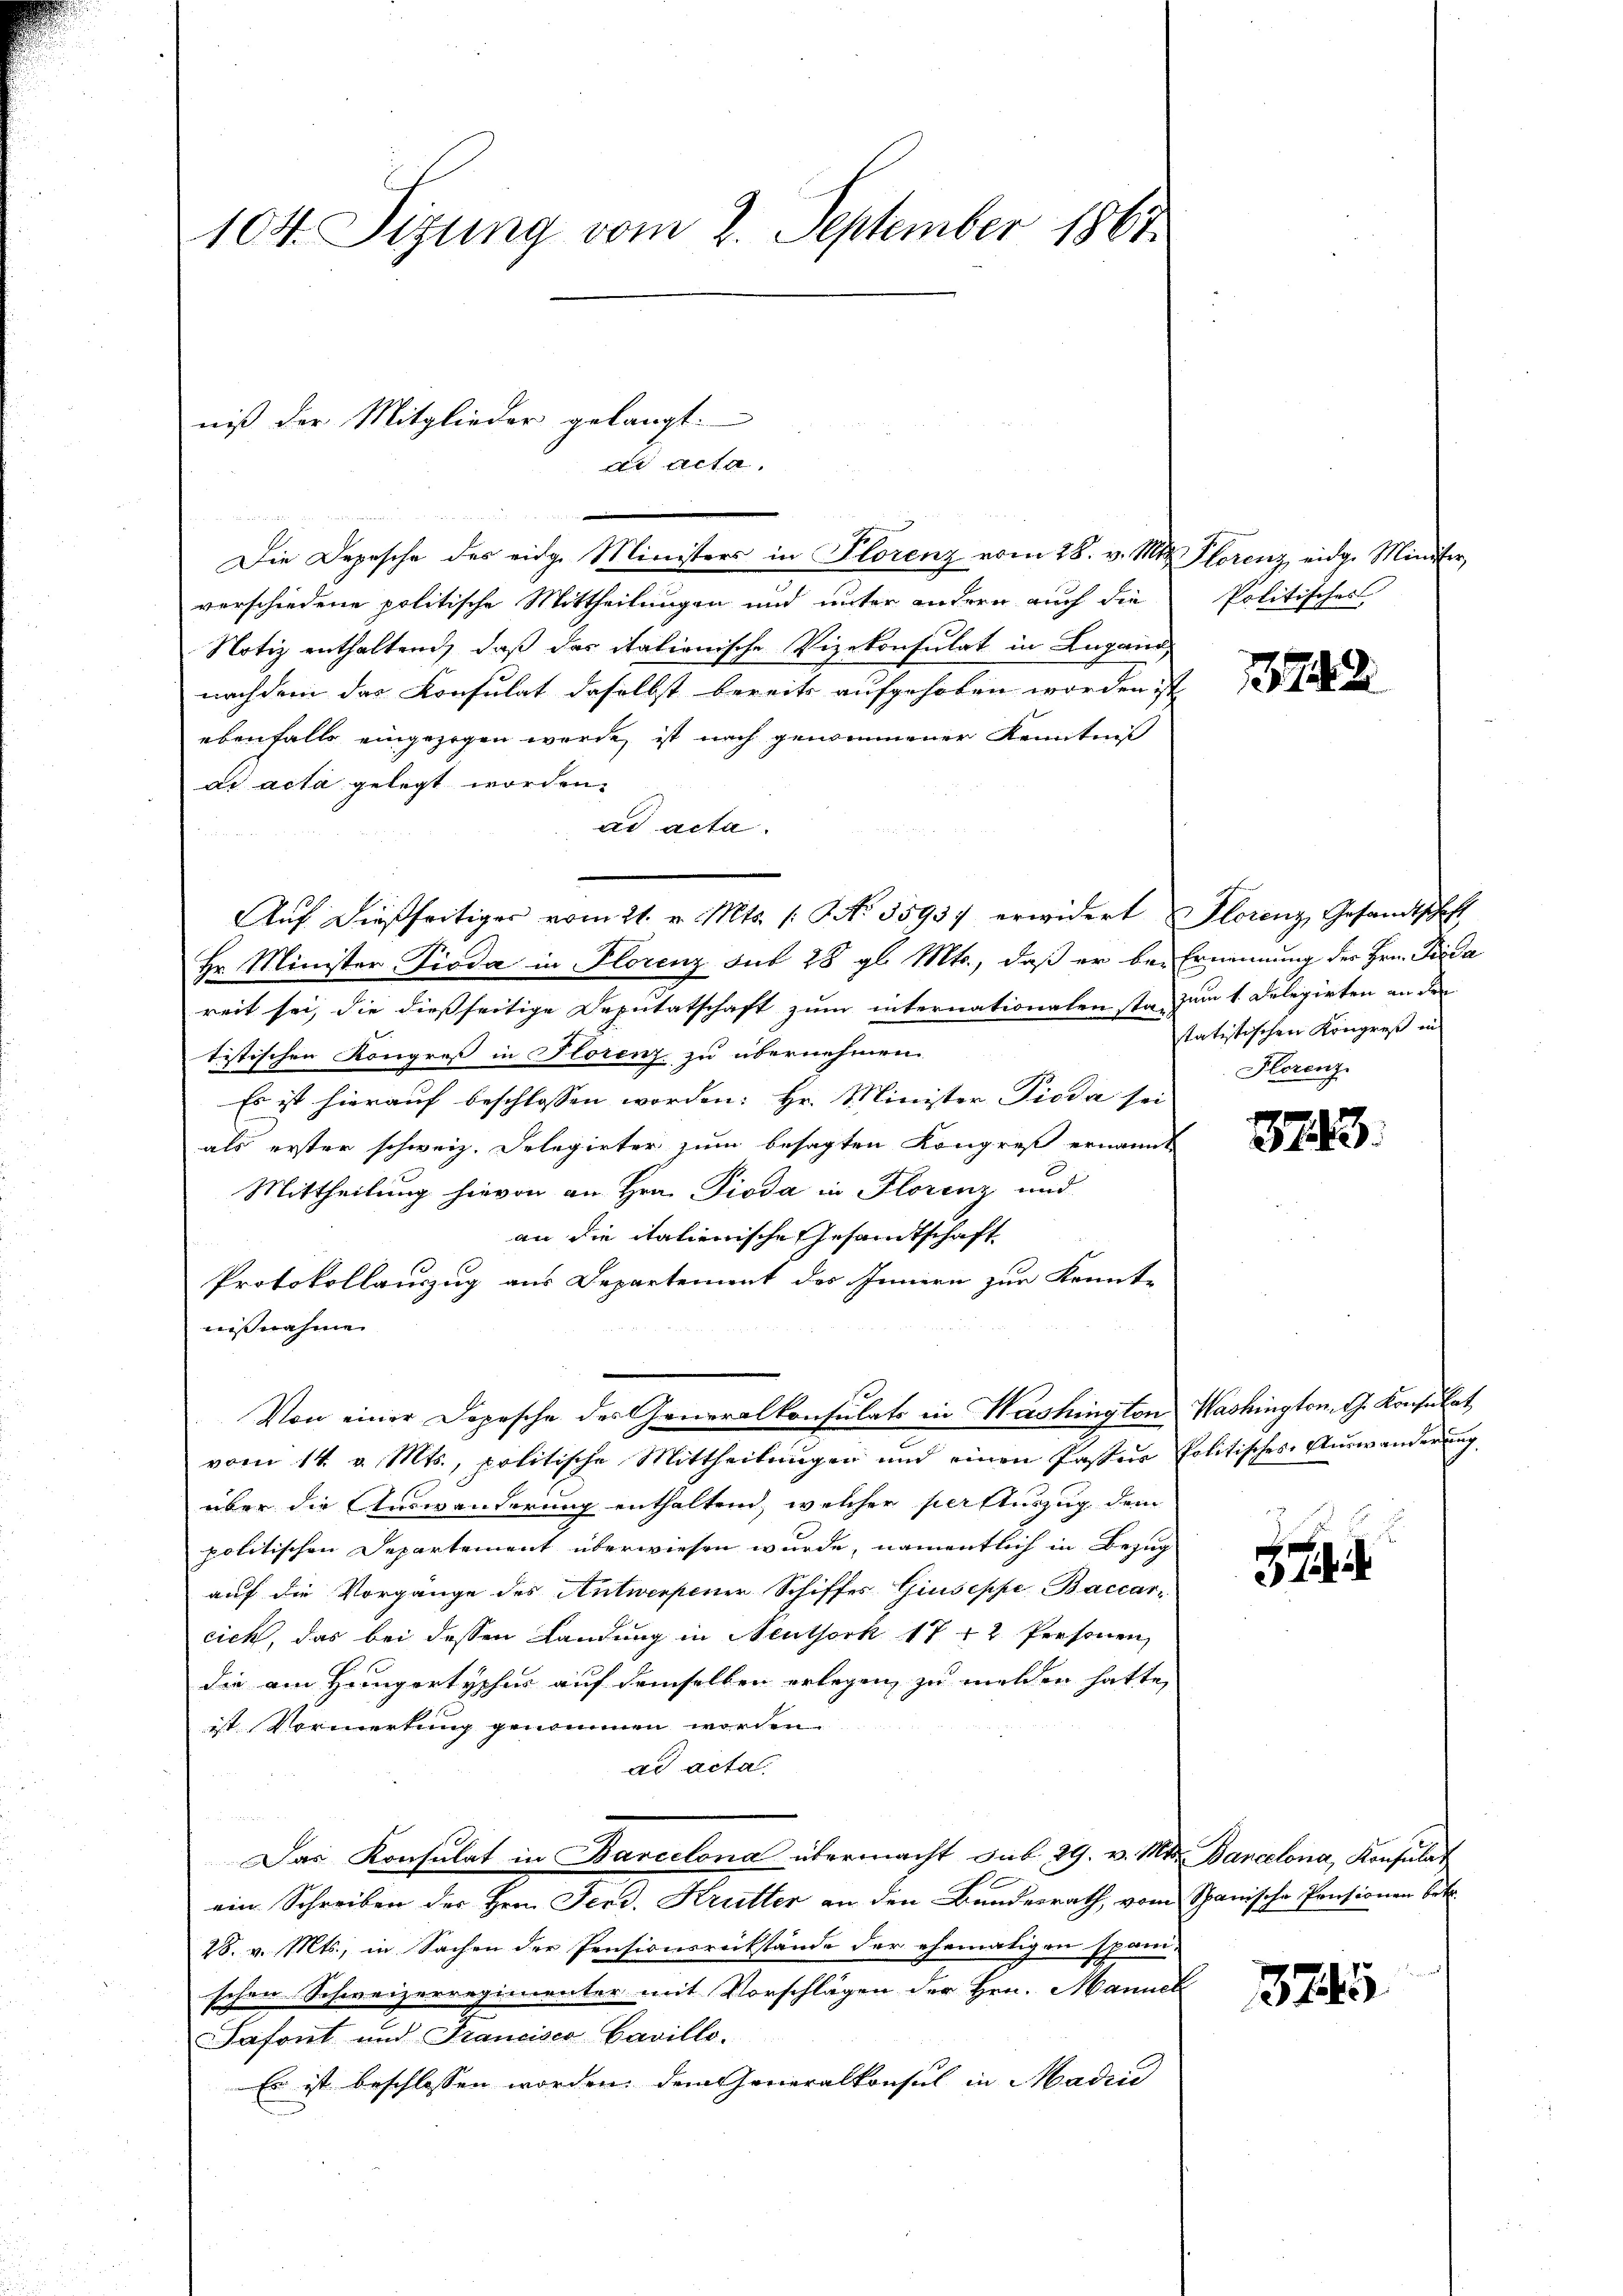
104. Sizung vom 2. September 1861

niß der Mitglieder gelangt.
de Acta.

Die Depesche des eidg. Ministers in Plorenz vom 28. v. Mts. Florenz eidge Minister,
verschiedene politische Mittheilungen und unter andern auch die
Notiz enthaltend, daß das italionische Vizekonsulat in Lugano
nachdem das Konsulat daselbst bereits aufgehoben worden ist
ebenfalls eingezogen werde, ist nach genommener Kenntniß
ad acta gelegt worden.
ad acta.
Aŭf dießseitiger vom 21. v. Mts. 1. No. 3593. erwidert Florenz, Gesandtschaft
Hr. Minister Pioda in Florenz sub 28 gl. Mts., daß er bei Ernennung der Hrn. Frida
reit sei, die dießseitige Deputatschaft zum internationalen sta, zum 1. Delegirten an den
tistischen Kongreß in Florenz zu übernehmen.
Es ist hierauf beschlossen worden: Hr. Minister Pioda sei
als erster schweiz. Delegirter zum besagten Kongreß ernannt
Mittheilung hievon an Hrn. Pioda in Florenz und
an die italienische Gesandtschaft
Protokollauszug aus Departement des Innern zur Konnte
nisnahme
Von einer Depesche des Generalkonsulats in Washington Washington. G. Konsulat
vom 14. v. Mts., politische Mittheilŭngen und einen Paster Politisches Aŭswanderŭng
über die Auswanderung enthaltend, welcher per Auszug dem
politischen Departement überwiesen wurde, namentlich in Bezug
auf die Vorgange des Antwerpener Schiffes Giuseppe, Baccarcich, das bei dessen Landung in Neuthork 1742 Personen,
die am Hungartypher auf demselben erlegen, zu melden hatte,
ist Vormerkung genommen worden.
ad acta.
Das Konsulat in Barcelona übermacht sub 29. v. Mts. Bancelona, Konsulat

ein Schreiben des Hrn. Ferd. Krutter an den Bundesrath, vom Spanische Pensionen betr.
28. v. Mts., in Sachen der Pensionsrückstände der ehematigen spani-
schen Schweizerregimenter mit Vorschlägen der Hrn. Manneh
Safont und Francisce Cavillo.
Er ist beschlossen worden, dem Generalkonsul in Madin

Politisches

172

tatistischen Kongreß in
Florenz

3743.

374